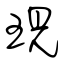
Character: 現